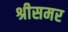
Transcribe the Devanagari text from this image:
श्रीसमर